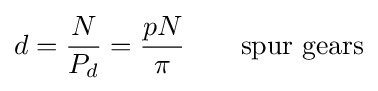
d={\frac {N}{P_{d}}}={\frac {pN}{\pi }}\qquad {\text{spur gears}}